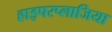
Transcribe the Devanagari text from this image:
हाइपरप्लाजिया